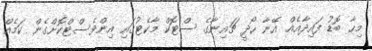
މިހާ ބޮޑު ފައިދާއެއް އޭނާ ހޯދީ ޗައިނާގެ ސްޓޮކް މާކެޓުގައި އިންވެސްޓްކޮށްގެން ކަމެއް